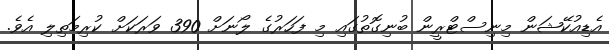
އެޑިއުކޭޝަން މިނިސްޓްރީން ބުނިގޮތުގައި މި ފަހަރުގެ ލޯނަށް 390 ވަރަކަށް ކުރިމަތިލި އެވެ.